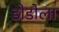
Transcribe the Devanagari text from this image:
डोडोला